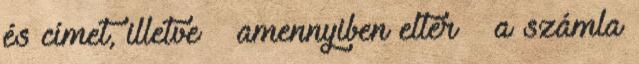
és címet, illetve – amennyiben eltér – a számla